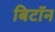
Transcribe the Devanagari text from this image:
बिटॉन